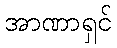
အာဏာရှင်